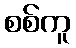
စစ်ကူ